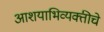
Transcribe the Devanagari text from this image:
आशयाभिव्यक्तीचे